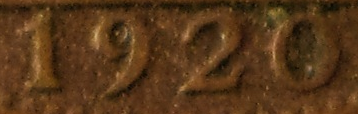
1920